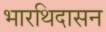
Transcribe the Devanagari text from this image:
भारथिदासन